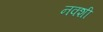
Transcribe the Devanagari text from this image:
नक्शी